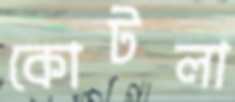
কোটলা